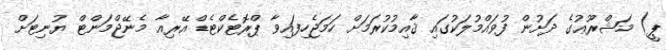
ޕީ) މަޝްރޫޢުގެ ދަށުން ފުވައްމުލަކުގައި ޤާއިމުކުރަމަށް ހަމަޖެހިފައިވާ ޕްރޮޓެކްޓެޑް އޭރިއާ މެނޭޖްމަންޓް ޔުނިޓަށް